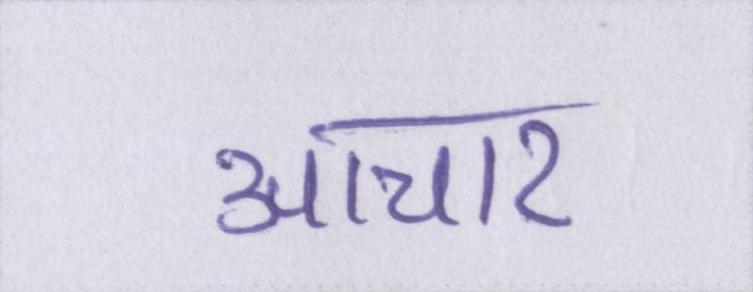
आचार